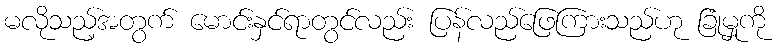
မလိုသည့်အတွက် မောင်းနှင်ရာတွင်လည်း ပြန်လည်ဖြေကြားသည်ဟု ခြုံမှုကို